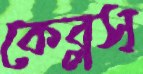
কেব্লস্